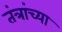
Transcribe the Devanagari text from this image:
तंत्रांच्या